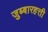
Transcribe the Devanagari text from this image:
जुब्बारहत्ती